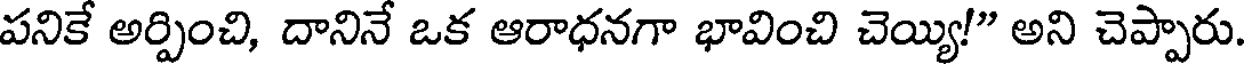
పనికే అర్పించి, దానినే ఒక ఆరాధనగా భావించి చెయ్యి!" అని చెప్పారు.